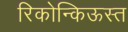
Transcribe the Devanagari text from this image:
रिकोन्किऊस्त